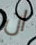
ان